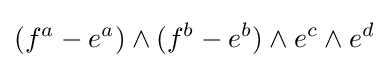
(f^{a}-e^{a})\wedge (f^{b}-e^{b})\wedge e^{c}\wedge e^{d}